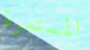
المستمرة